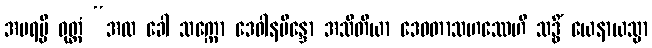
အပရမ္ပိ ဝုတ္တံ “အထ ခေါ သက္ကော ဒေဝါနမိန္ဒော အသီတိယာ ဒေဝတာသဟဿေဟိ သဒ္ဓိံ ယေနာယသ္မာ